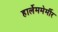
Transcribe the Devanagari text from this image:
हार्लेममेर्मीर